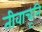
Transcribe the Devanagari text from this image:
तीवाचूनि